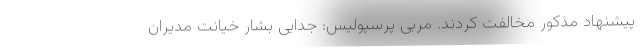
پیشنهاد مذکور مخالفت کردند. مربی پرسپولیس:‌ جدایی بشار خیانت مدیران